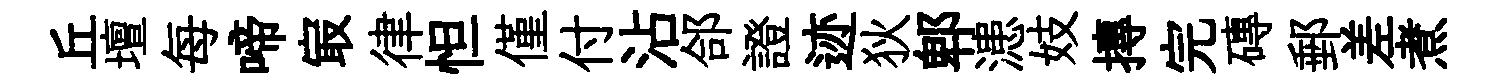
丘壇每啼㝡律怛僅付沾郃證迹狄郫漶妓摶完磚郵差煮